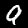
Label: 9